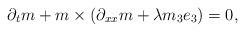
LaTeX: \begin{align*}\partial_t m + m \times( \partial_{xx} m + \lambda m_3 e_3) = 0,\end{align*}